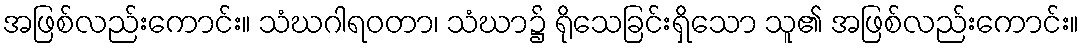
အဖြစ်လည်းကောင်း။ သံဃဂါရဝတာ၊ သံဃာ၌ ရိုသေခြင်းရှိသော သူ၏ အဖြစ်လည်းကောင်း။